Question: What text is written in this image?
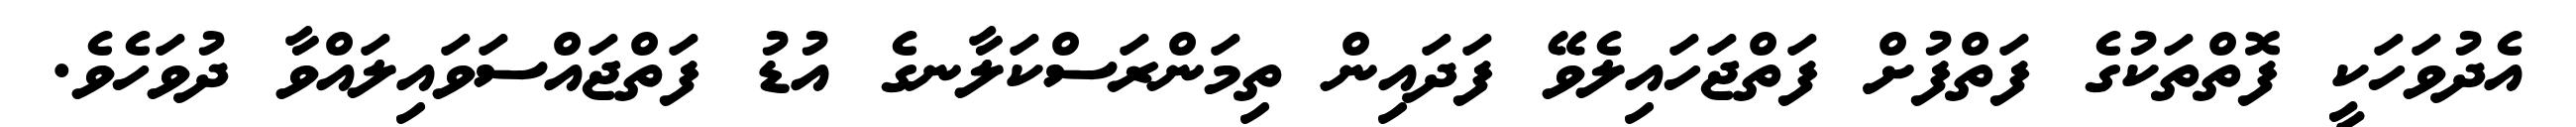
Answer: އެދުވަހަކީ ފޮތްތަކުގެ ފަތްފުށް ފަތްޖަހައިލެވޭ ފަދައިން ތިމަންރަސްކަލާނގެ އުޑު ފަތްޖައްސަވައިލައްވާ ދުވަހެވެ.